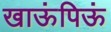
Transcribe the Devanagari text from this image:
खाऊंपिऊं